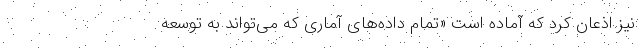
نیز اذعان کرد که آماده است «تمام داده‌های آماری که می‌تواند به توسعه